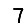
Digit: 7